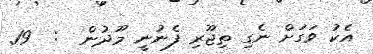
އެކު ވަގަށް ނެގި ތިޖޫރި ފެނުނީ މޫދުން  :  19